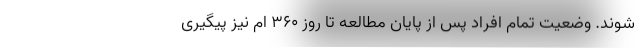
‌شوند. وضعیت تمام افراد پس از پایان مطالعه تا روز ۳۶۰ ام نیز پیگیری